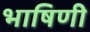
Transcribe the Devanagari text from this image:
भाषिणी